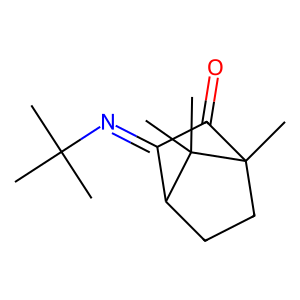
SMILES: CC(C)(C)N=C1C(=O)C2(C)CCC1C2(C)C
Inhibits HIV replication: No